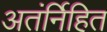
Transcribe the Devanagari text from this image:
अतंर्निहित